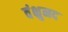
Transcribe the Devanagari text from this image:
वंक्षुनद